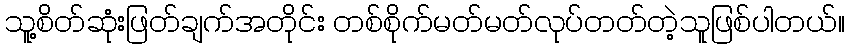
သူ့စိတ်ဆုံးဖြတ်ချက်အတိုင်း တစ်စိုက်မတ်မတ်လုပ်တတ်တဲ့သူဖြစ်ပါတယ်။